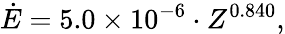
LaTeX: \dot{E}=5.0\times 10^{-6}\cdot Z^{0.840},